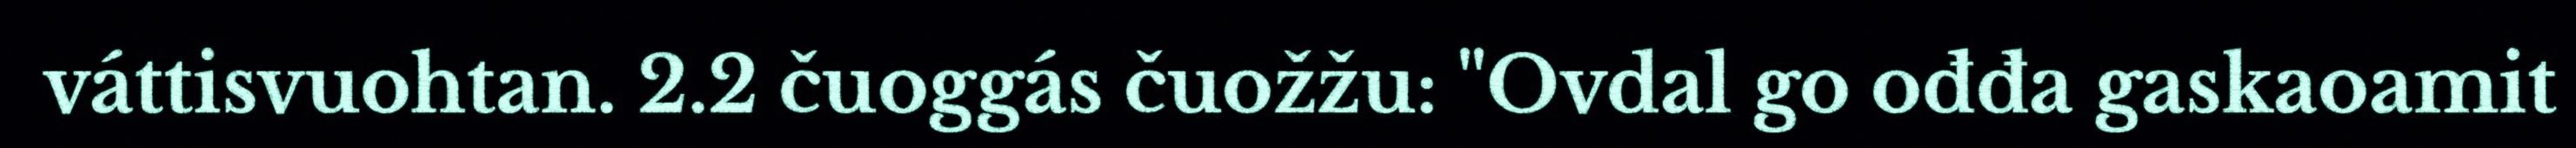
váttisvuohtan. 2.2 čuoggás čuožžu: "Ovdal go ođđa gaskaoamit